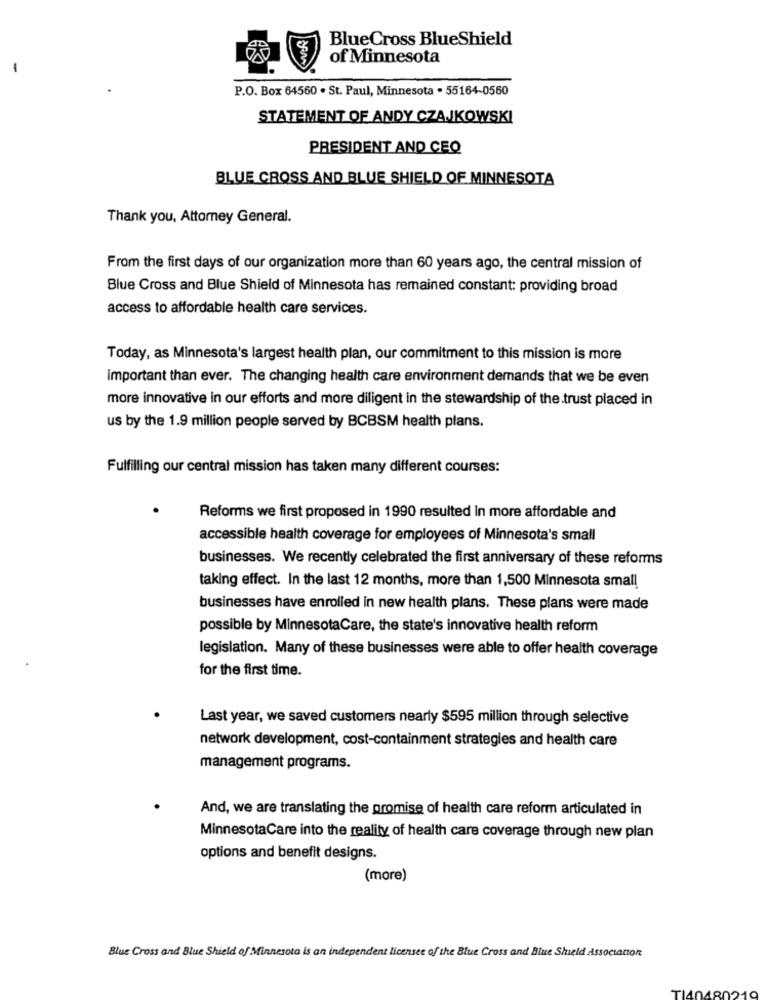
BlueCross BlueShield
of Minnesota
P.O. Box 64560 . St. Paul, Minnesota . 55164-0560
STATEMENT OF ANDY CZAJKOWSKI
PRESIDENT AND CEO
BLUE CROSS AND BLUE SHIELD OF MINNESOTA
Thank you, Attorney General.
From the first days of our organization more than 60 years ago, the central mission of
Blue Cross and Blue Shield of Minnesota has remained constant: providing broad
access to affordable health care services.
Today, as Minnesota's largest health plan, our commitment to this mission is more
important than ever. The changing health care environment demands that we be even
more innovative in our efforts and more diligent in the stewardship of the trust placed in
us by the 1.9 million people served by BCBSM health plans.
Fulfilling our central mission has taken many different courses:
Reforms we first proposed in 1990 resulted in more affordable and
accessible health coverage for employees of Minnesota's small
businesses. We recently celebrated the first anniversary of these reforms
taking effect. In the last 12 months, more than 1,500 Minnesota small
businesses have enrolled in new health plans. These plans were made
possible by MinnesotaCare, the state's innovative health reform
legislation. Many of these businesses were able to offer health coverage
for the first time.
Last year, we saved customers nearly $595 million through selective
network development, cost-containment strategies and health care
management programs.
And, we are translating the promise of health care reform articulated in
MinnesotaCare into the reality of health care coverage through new plan
options and benefit designs.
(more)
Blue Cross and Blue Shield of Minnesota is an independent licensee of the Blue Cross and Blue Shield Association